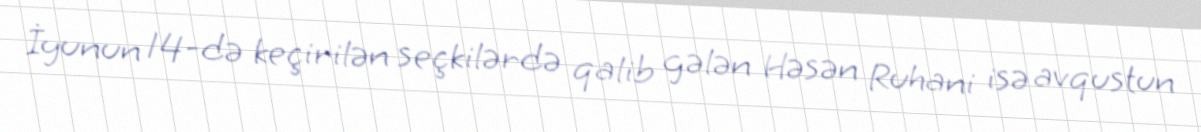
İyunun 14-də keçirilən seçkilərdə qalib gələn Həsən Ruhani isə avqustun